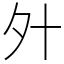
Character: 㚈